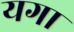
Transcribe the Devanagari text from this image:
यगा